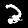
Digit: 2